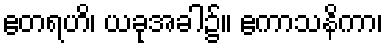
ဧတရဟိ၊ ယခုအခါ၌။ ဧကာသနိကာ၊